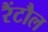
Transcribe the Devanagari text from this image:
रैंटौल